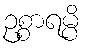
ဥစ္စာရမ္ပိ